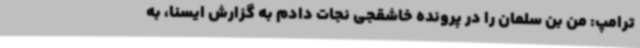
ترامپ: من بن سلمان را در پرونده خاشقجی نجات دادم به گزارش ایسنا، به